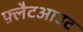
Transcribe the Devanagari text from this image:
फ़्लैटआउट